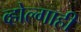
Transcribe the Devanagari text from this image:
व्होल्गाही